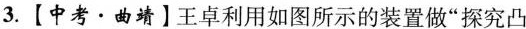
3.【中考·曲靖】王卓利用如图所示的装置做”探究凸